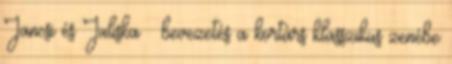
Jancsi és Juliska – bevezetés a kortárs klasszikus zenébe